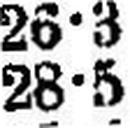
28•5